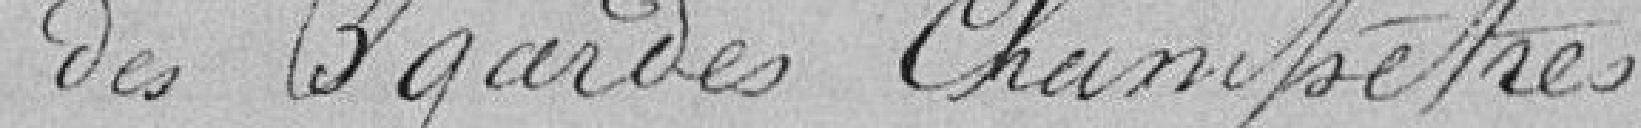
des 3 gardes champêtres